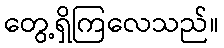
တွေ့ရှိကြလေသည်။